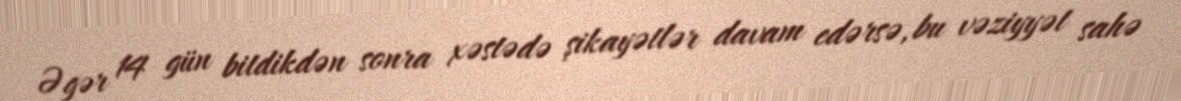
Əgər 14 gün bitdikdən sonra xəstədə şikayətlər davam edərsə, bu vəziyyət sahə